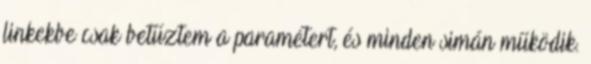
linkekbe csak betűztem a paramétert, és minden simán működik.